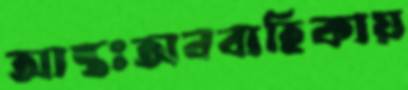
আন্তঃঅববাহিকায়